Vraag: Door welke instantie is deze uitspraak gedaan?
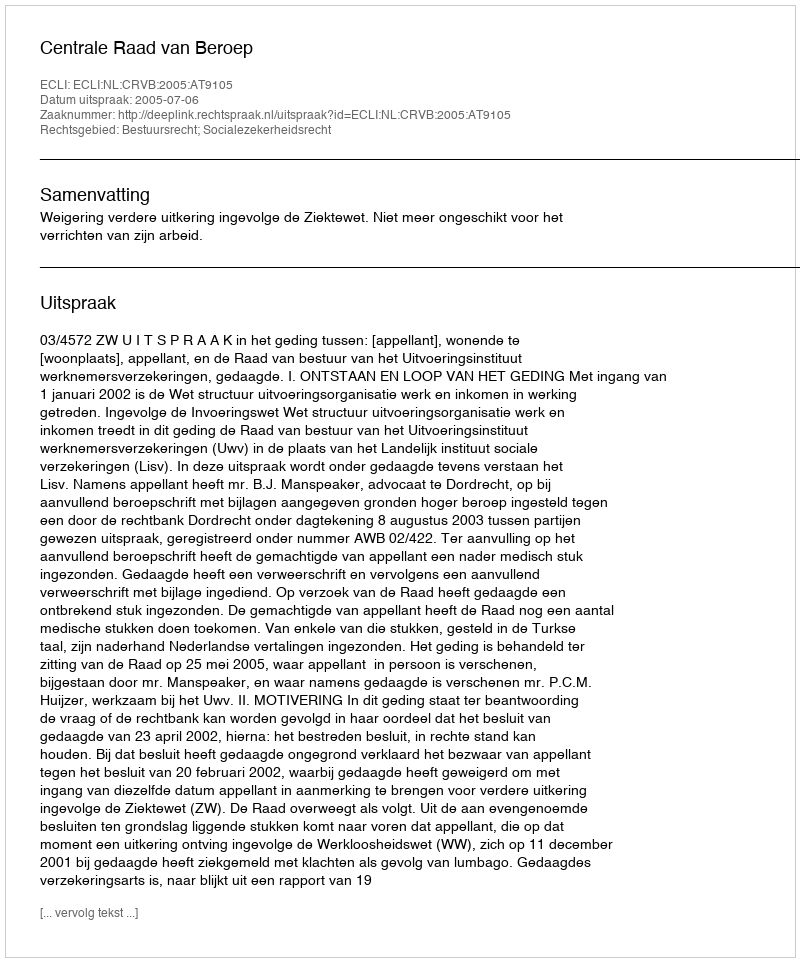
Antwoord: Centrale Raad van Beroep